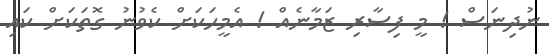
ނުދިނަސް ! މީ ފިސާރި ޒަމާނެއް ! އެމީހަކަށް ކެވުނު ގޮތަކަށް ކައި